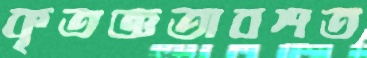
কৃতজ্ঞতাবশত